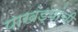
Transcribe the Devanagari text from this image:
पाखंड्यांची